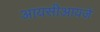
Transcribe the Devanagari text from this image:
आयसीआयजे